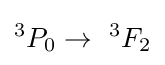
^{3}P_{0}\rightarrow \ ^{3}F_{2}